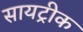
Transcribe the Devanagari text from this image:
सायट्रीक